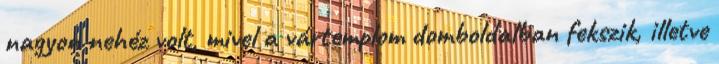
nagyon nehéz volt, mivel a vártemplom domboldalban fekszik, illetve